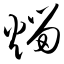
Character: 熘